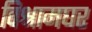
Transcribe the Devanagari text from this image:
विश्रामघर